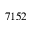
7 1 5 2